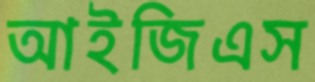
আইজিএস